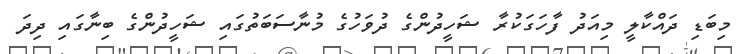
މިބަޑި ދައްކާލީ މިއަދު ފާހަަގަކުރާ ޝަހީދުންގެ ދުވަހުގެ މުނާސަބަތުގައި ޝަހީދުންގެ ބިނާގައި ދިދަ